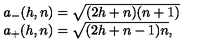
\begin{array} { l c r } { a _ { - } ( h , n ) = \sqrt { ( 2 h + n ) ( n + 1 ) } } \\ { a _ { + } ( h , n ) = \sqrt { ( 2 h + n - 1 ) n } , } \\ \end{array}